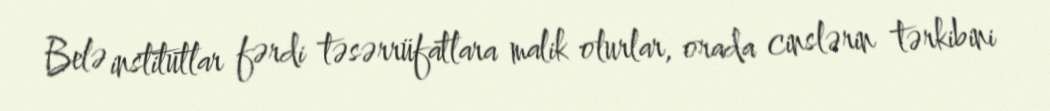
Belə institutlar fərdi təsərrüfatlara malik olurlar, orada cinslərin tərkibini